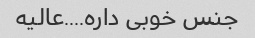
جنس خوبی داره....عالیه